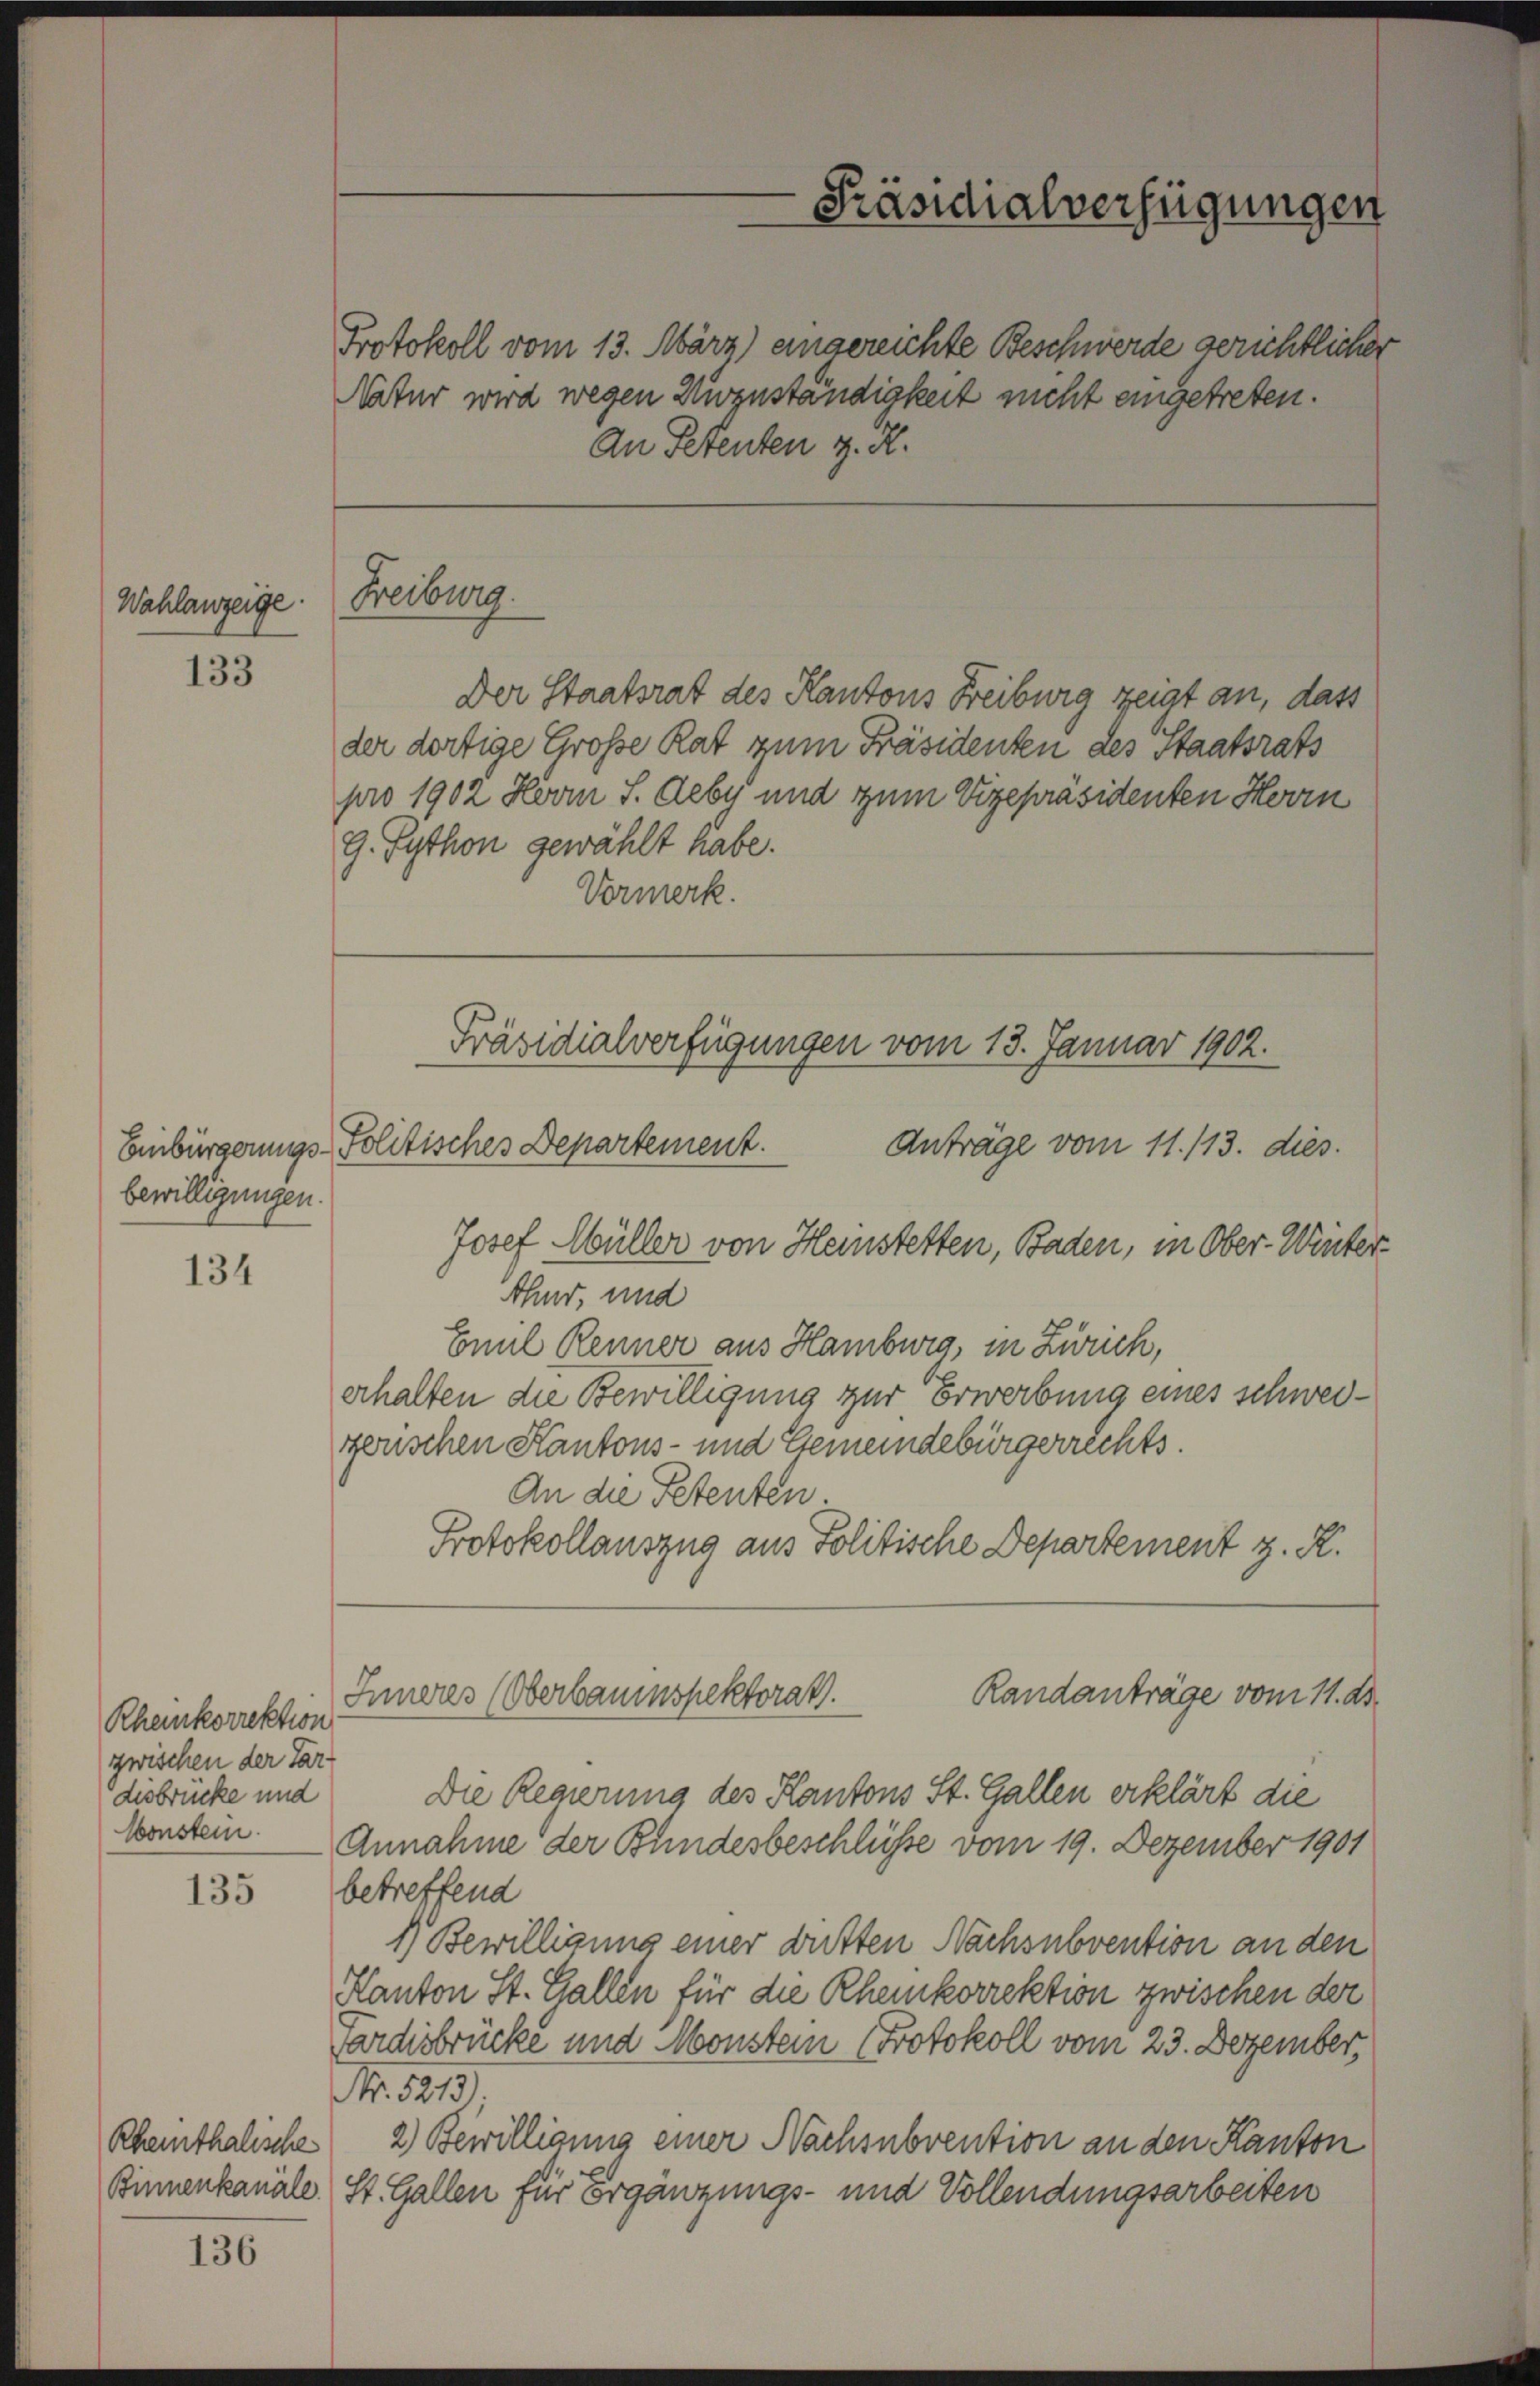
Wahlanzeige:

133

134

Rheinkorrektion
zwischen der Par-
desbrücke und

135

136

bewilligungen.

Rheinthalische

Protokoll vom 13. März) eingereichte Beschwerde gerichtlicher
Natur wird wegen Kurzuständigkeit nicht eingetreten.
An Petenten z. R.

Freiburg.

Der Staatsrat des Kantons Freiburg zeigt an, dass
der dortige Große Rat zum Präsidenten des Staatsrats
pro 1902 Herrn S. Aeby und zum Vizepräsidenten Herrn
9. Sython gewählt habe.
Vormerk.

Präsidialverfügungen vom 13. Januar 1902.
Einbürgerungs-Politisches Departement.
Anträge vom 11. 113. dies.
Josef Müller von Heinstetten, Baden, in Ober-Winter¬

-Präsidialverfügungen

thur, und
Emil Renner aus Hamburg, in Zürich,
erhalten die Bewilligung zur Erwerbung eines schweizerischen Kantons- und Gemeindebürgerrechts.
An die Petenten.
Protokollauszug aus Politische Departement z. R.
Randanträge vom 11. ds.
Inneres (Oberbauinspektorat.

Die Regierung des Kantons St. Gallen erklärt die
konstein. Annahme der Bundesbeschlüsse vom 19. Dezember 1901
betreffend
1) Bewilligung einer bitten Nachsubvention an den
Kanton St. Gallen für die Rheinkorrektion zwischen der
ardisbrücke und Monstern Protokoll vom 23. Dezember,
No. 5213.
2) Bewilligung einer Nachsubvention an den Kanton
Binnenkanale, St. Gallen für Ergänzungs- und Vollendungsarbeiten